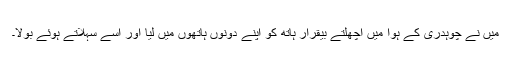
میں نے چوہدری کے ہوا میں اچھلتے بیقرار ہاتھ کو اپنے دونوں ہاتھوں میں لیا اور اسے سہلاتے ہوئے بولا۔